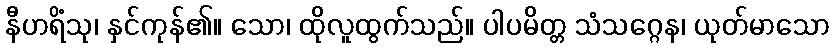
နီဟရိံသု၊ နှင်ကုန်၏။ သော၊ ထိုလူထွက်သည်။ ပါပမိတ္တ သံသဂ္ဂေန၊ ယုတ်မာသော